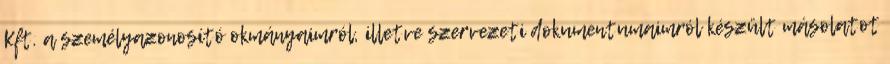
Kft. a személyazonosító okmányaimról, illetve szervezeti dokumentumaimról készült másolatot